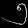
Digit: ၅